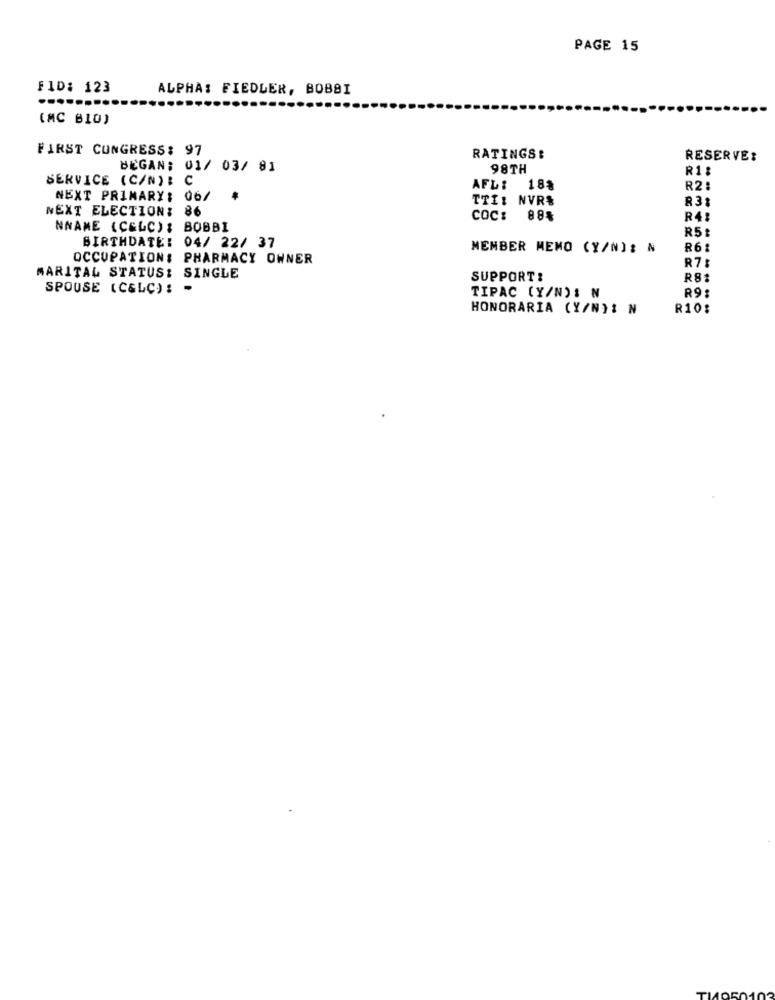
PAGE 15
FID: 123
ALPHA: FIEDLER, BOBBI
(MC B10)
FIRST CONGRESS: 97
RATINGS:
RESERVE:
BEGAN: 01/ 03/ 81
98TH
R1 :
SERVICE (CAN): C
AFLI
188
R2:
NEXT PRIMARY: 06/
TTI: NVR&
R31
NEXT ELECTION: 86
COC: 88%
R4:
NNAME (CELC) : BOBBI
R5 t
BIRTHDATE: 04/ 22/ 37
MEMBER MEMO (Y/N)2 N
R6
OCCUPATION! PHARMACY OWNER
R7:
MARITAL STATUS: SINGLE
SUPPORT:
R8:
SPOUSE (C&LC): -
TIPAC (Y/N): N
R9:
HONORARIA (Y/N): N
R10: